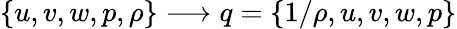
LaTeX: \{ u,v,w,p,\rho\} \longrightarrow q=\{ 1/\rho,u,v,w,p\}